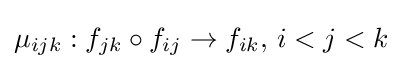
\mu _{ijk}:f_{jk}\circ f_{ij}\rightarrow f_{ik},\,i<j<k